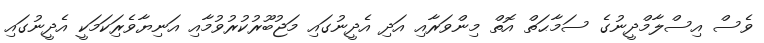
ވެސް އިސްލާމްދީނުގެ ސަމާޙަތް އޮތް މިންވަރާއި އަދި އެދީނުގައި މަޖުބޫރުކުރުވުމާއި އަނިޔާވެރިަކަމަކީ އެދީނުގައި